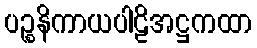
ပဉ္စနိကာယပါဠိအဋ္ဌကထာ